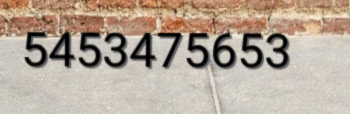
5453475653